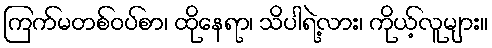
ကြက်မတစ်ဝပ်စာ၊ ထိုနေရာ၊ သိပါရဲ့လား၊ ကိုယ့်လူများ။